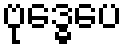
ဗုဒ္ဓေပေ